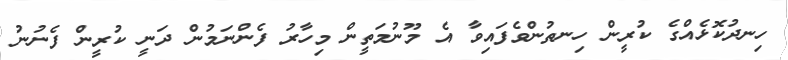
ހިނދުކޮޅެއްގެ ކުރީން ހިނތުންވެފައިވާ އެ މޫނުމަތީން މިހާރު ފެންނަމުން ދަނީ ކުރީން ފެނުނު